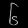
Digit: ၆